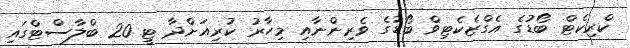
ކްރިކެޓް ބޯޑުގެ އެގްޒެކެޓިވް ބޯޑުގެ ވެރިންނާއި މިހާރު ކުރިއަށްދާ ޓީ 20 ބްލާސްޓްގައި